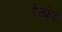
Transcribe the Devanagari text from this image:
ऐल्फ़्रॅड